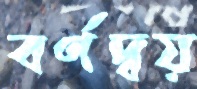
বর্ণদ্বয়